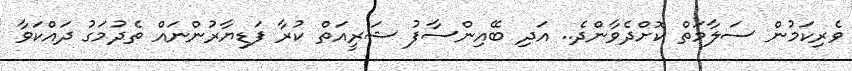
ވެރިކަމުން ސަލާމަތް ކޮށްދެވާންދެ.. އަދި ބޭއިންސާފު ޝަރީއަތް ކުރާ ފަޑިޔާރުންނައް ތެދުމަގު ދައްކަވާ